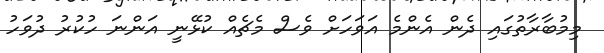
މިމުބާރާތުގައި ދެން އެންމެ އަވަހަށް ވެސް މެޗެއް ކުޅޭނީ އަންނަ ހުކުރު ދުވަހު